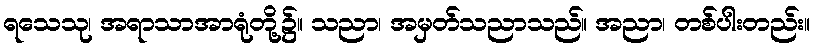
ရသေသု၊ အရာသာအာရုံတို့၌။ သညာ၊ အမှတ်သညာသည်။ အညာ၊ တစ်ပါးတည်း။